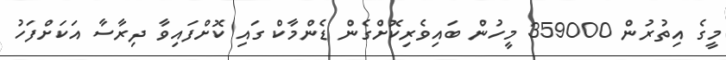
މީގެ އިތުރުން 359000 މީހުން ބައިވެރިކޮށްގެން ޑެންމާކް ގައި ކޮށްފައިވާ ދިރާސާ އަކަށްފަހު